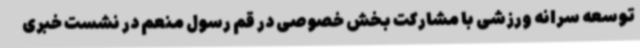
توسعه سرانه ورزشی با مشارکت بخش خصوصی در قم رسول منعم در نشست خبری